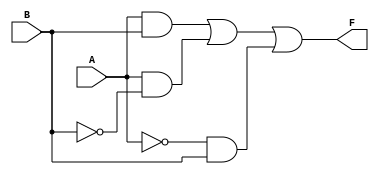
module two_variable_kmap (
    input wire A,    // Input variable A
    input wire B,    // Input variable B
    output wire F    // Output F based on the K-map
);

// K-map logic implementation
// The output F is defined based on the K-map representation.
// Here are the combinations based on the K-map:
// F = 0 for A=0, B=0 (00)
// F = 1 for A=0, B=1 (01)
// F = 1 for A=1, B=1 (11)
// F = 1 for A=1, B=0 (10)

// The output can be simplified as F = A | B
assign F = (A & B) | (A & ~B) | (~A & B);

endmodule